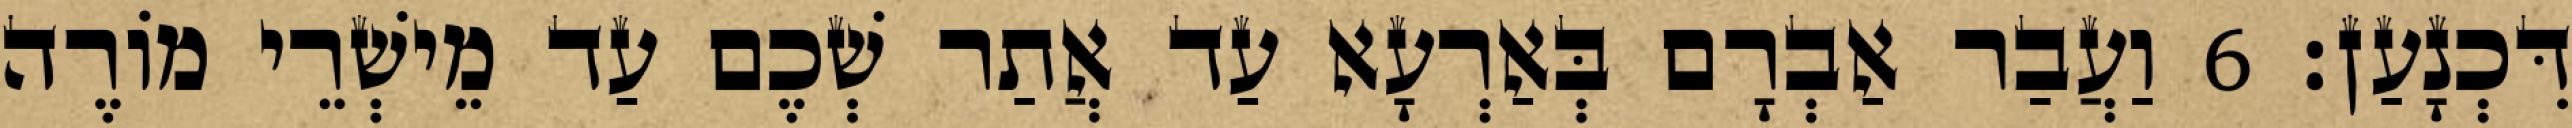
דִּכְנָעַן׃ 6 וַעֲבַר אַבְרָם בְּאַרְעָא עַד אֲתַר שְׁכֶם עַד מֵישְׁרֵי מוֹרֶה